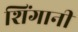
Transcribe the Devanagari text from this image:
शिंगानी